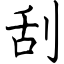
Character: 刮